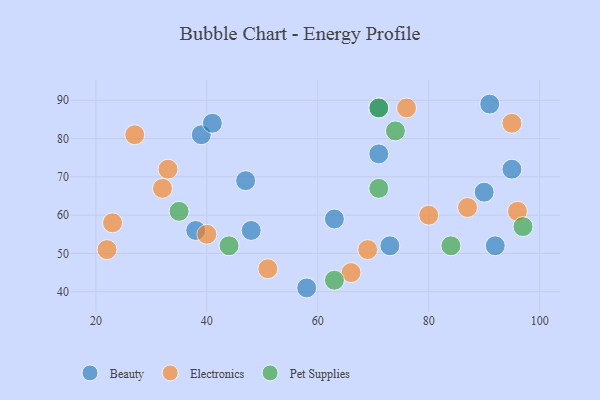
{"axis": {"x": "GDP", "y": "Life Expectancy"}, "legend": ["Beauty", "Electronics", "Pet Supplies"], "data": [{"x": "95", "y": 72, "type": "Beauty"}, {"x": "48", "y": 56, "type": "Beauty"}, {"x": "38", "y": 56, "type": "Beauty"}, {"x": "39", "y": 81, "type": "Beauty"}, {"x": "73", "y": 52, "type": "Beauty"}, {"x": "91", "y": 89, "type": "Beauty"}, {"x": "58", "y": 41, "type": "Beauty"}, {"x": "47", "y": 69, "type": "Beauty"}, {"x": "71", "y": 76, "type": "Beauty"}, {"x": "90", "y": 66, "type": "Beauty"}, {"x": "71", "y": 88, "type": "Beauty"}, {"x": "41", "y": 84, "type": "Beauty"}, {"x": "63", "y": 59, "type": "Beauty"}, {"x": "92", "y": 52, "type": "Beauty"}, {"x": "76", "y": 88, "type": "Electronics"}, {"x": "33", "y": 72, "type": "Electronics"}, {"x": "27", "y": 81, "type": "Electronics"}, {"x": "96", "y": 61, "type": "Electronics"}, {"x": "23", "y": 58, "type": "Electronics"}, {"x": "66", "y": 45, "type": "Electronics"}, {"x": "40", "y": 55, "type": "Electronics"}, {"x": "32", "y": 67, "type": "Electronics"}, {"x": "87", "y": 62, "type": "Electronics"}, {"x": "51", "y": 46, "type": "Electronics"}, {"x": "69", "y": 51, "type": "Electronics"}, {"x": "22", "y": 51, "type": "Electronics"}, {"x": "80", "y": 60, "type": "Electronics"}, {"x": "95", "y": 84, "type": "Electronics"}, {"x": "44", "y": 52, "type": "Pet Supplies"}, {"x": "84", "y": 52, "type": "Pet Supplies"}, {"x": "71", "y": 67, "type": "Pet Supplies"}, {"x": "35", "y": 61, "type": "Pet Supplies"}, {"x": "97", "y": 57, "type": "Pet Supplies"}, {"x": "74", "y": 82, "type": "Pet Supplies"}, {"x": "63", "y": 43, "type": "Pet Supplies"}, {"x": "71", "y": 88, "type": "Pet Supplies"}]}